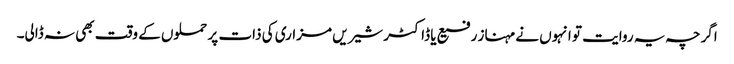
اگرچہ یہ روایت تو انہوں نے مہناز رفیع یا ڈاکٹر شیریں مزاری کی ذات پر حملوں کے وقت بھی نہ ڈالی۔